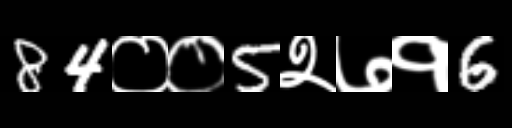
Text: 84००5२७१6